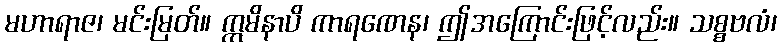
မဟာရာဇ၊ မင်းမြတ်။ ဣမိနာပိ ကာရဏေန၊ ဤအကြောင်းဖြင့်လည်း။ သစ္စဗလံ၊